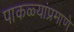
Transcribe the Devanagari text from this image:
पाकळ्यांप्रमाणे